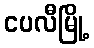
ငပလီမြို့